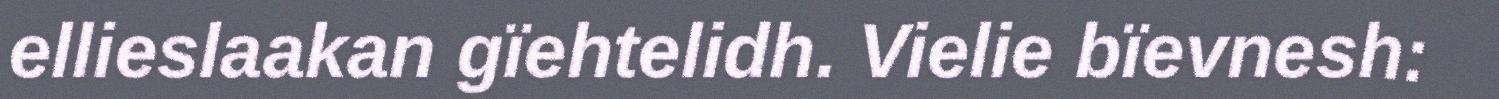
ellieslaakan gïehtelidh. Vielie bïevnesh: